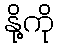
နို့ကို